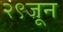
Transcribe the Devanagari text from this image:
२९जून